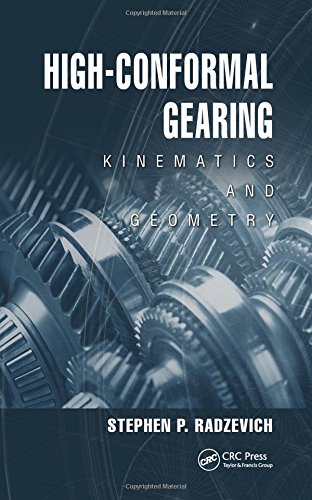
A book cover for High-Conformal Gearing: Kinematics and Geometry; Stephen P. Radzevich; Science & Math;